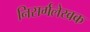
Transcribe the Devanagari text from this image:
निसर्गलेखक